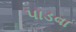
પાડવા